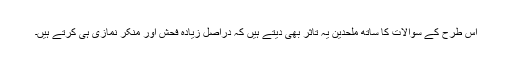
اس طرح کے سوالات کا ساتھ ملحدین یہ تاثر بھی دیتے ہیں کہ دراصل زیادہ فحش اور منکر نمازی ہی کرتے ہیں۔